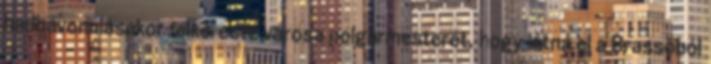
hadbavonulásakor felkereste városa polgármesterét, hogy látná el a Brassóból